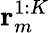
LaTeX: \mathbf{r}_{m}^{1:K}